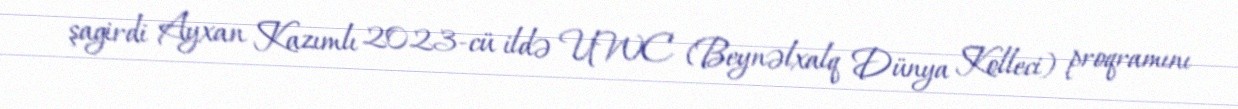
şagirdi Ayxan Kazımlı 2023-cü ildə UWC (Beynəlxalq Dünya Kolleci) proqramını